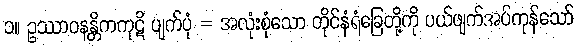
၁။ ဥဿာဝနန္တိကကုဋိ ပျက်ပုံ = အလုံးစုံသော တိုင်နံရံခြေတို့ကို ပယ်ဖျက်အပ်ကုန်သော်